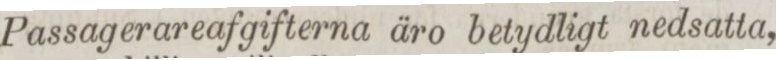
Passagerareafgifterna äro betydligt nedsatta,